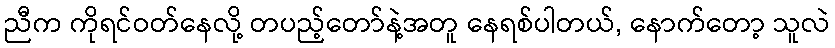
ညီက ကိုရင်ဝတ်နေလို့ တပည့်တော်နဲ့အတူ နေရစ်ပါတယ်, နောက်တော့ သူလဲ